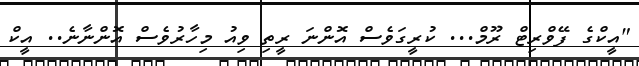
"އީކްގެ ފޭވްރިޓް ރޫމް... ކުރީގަވެސް އޮންނަ ރީތި ވިއު މިހާރުވެސް އޮންނާނެ.. އީކް